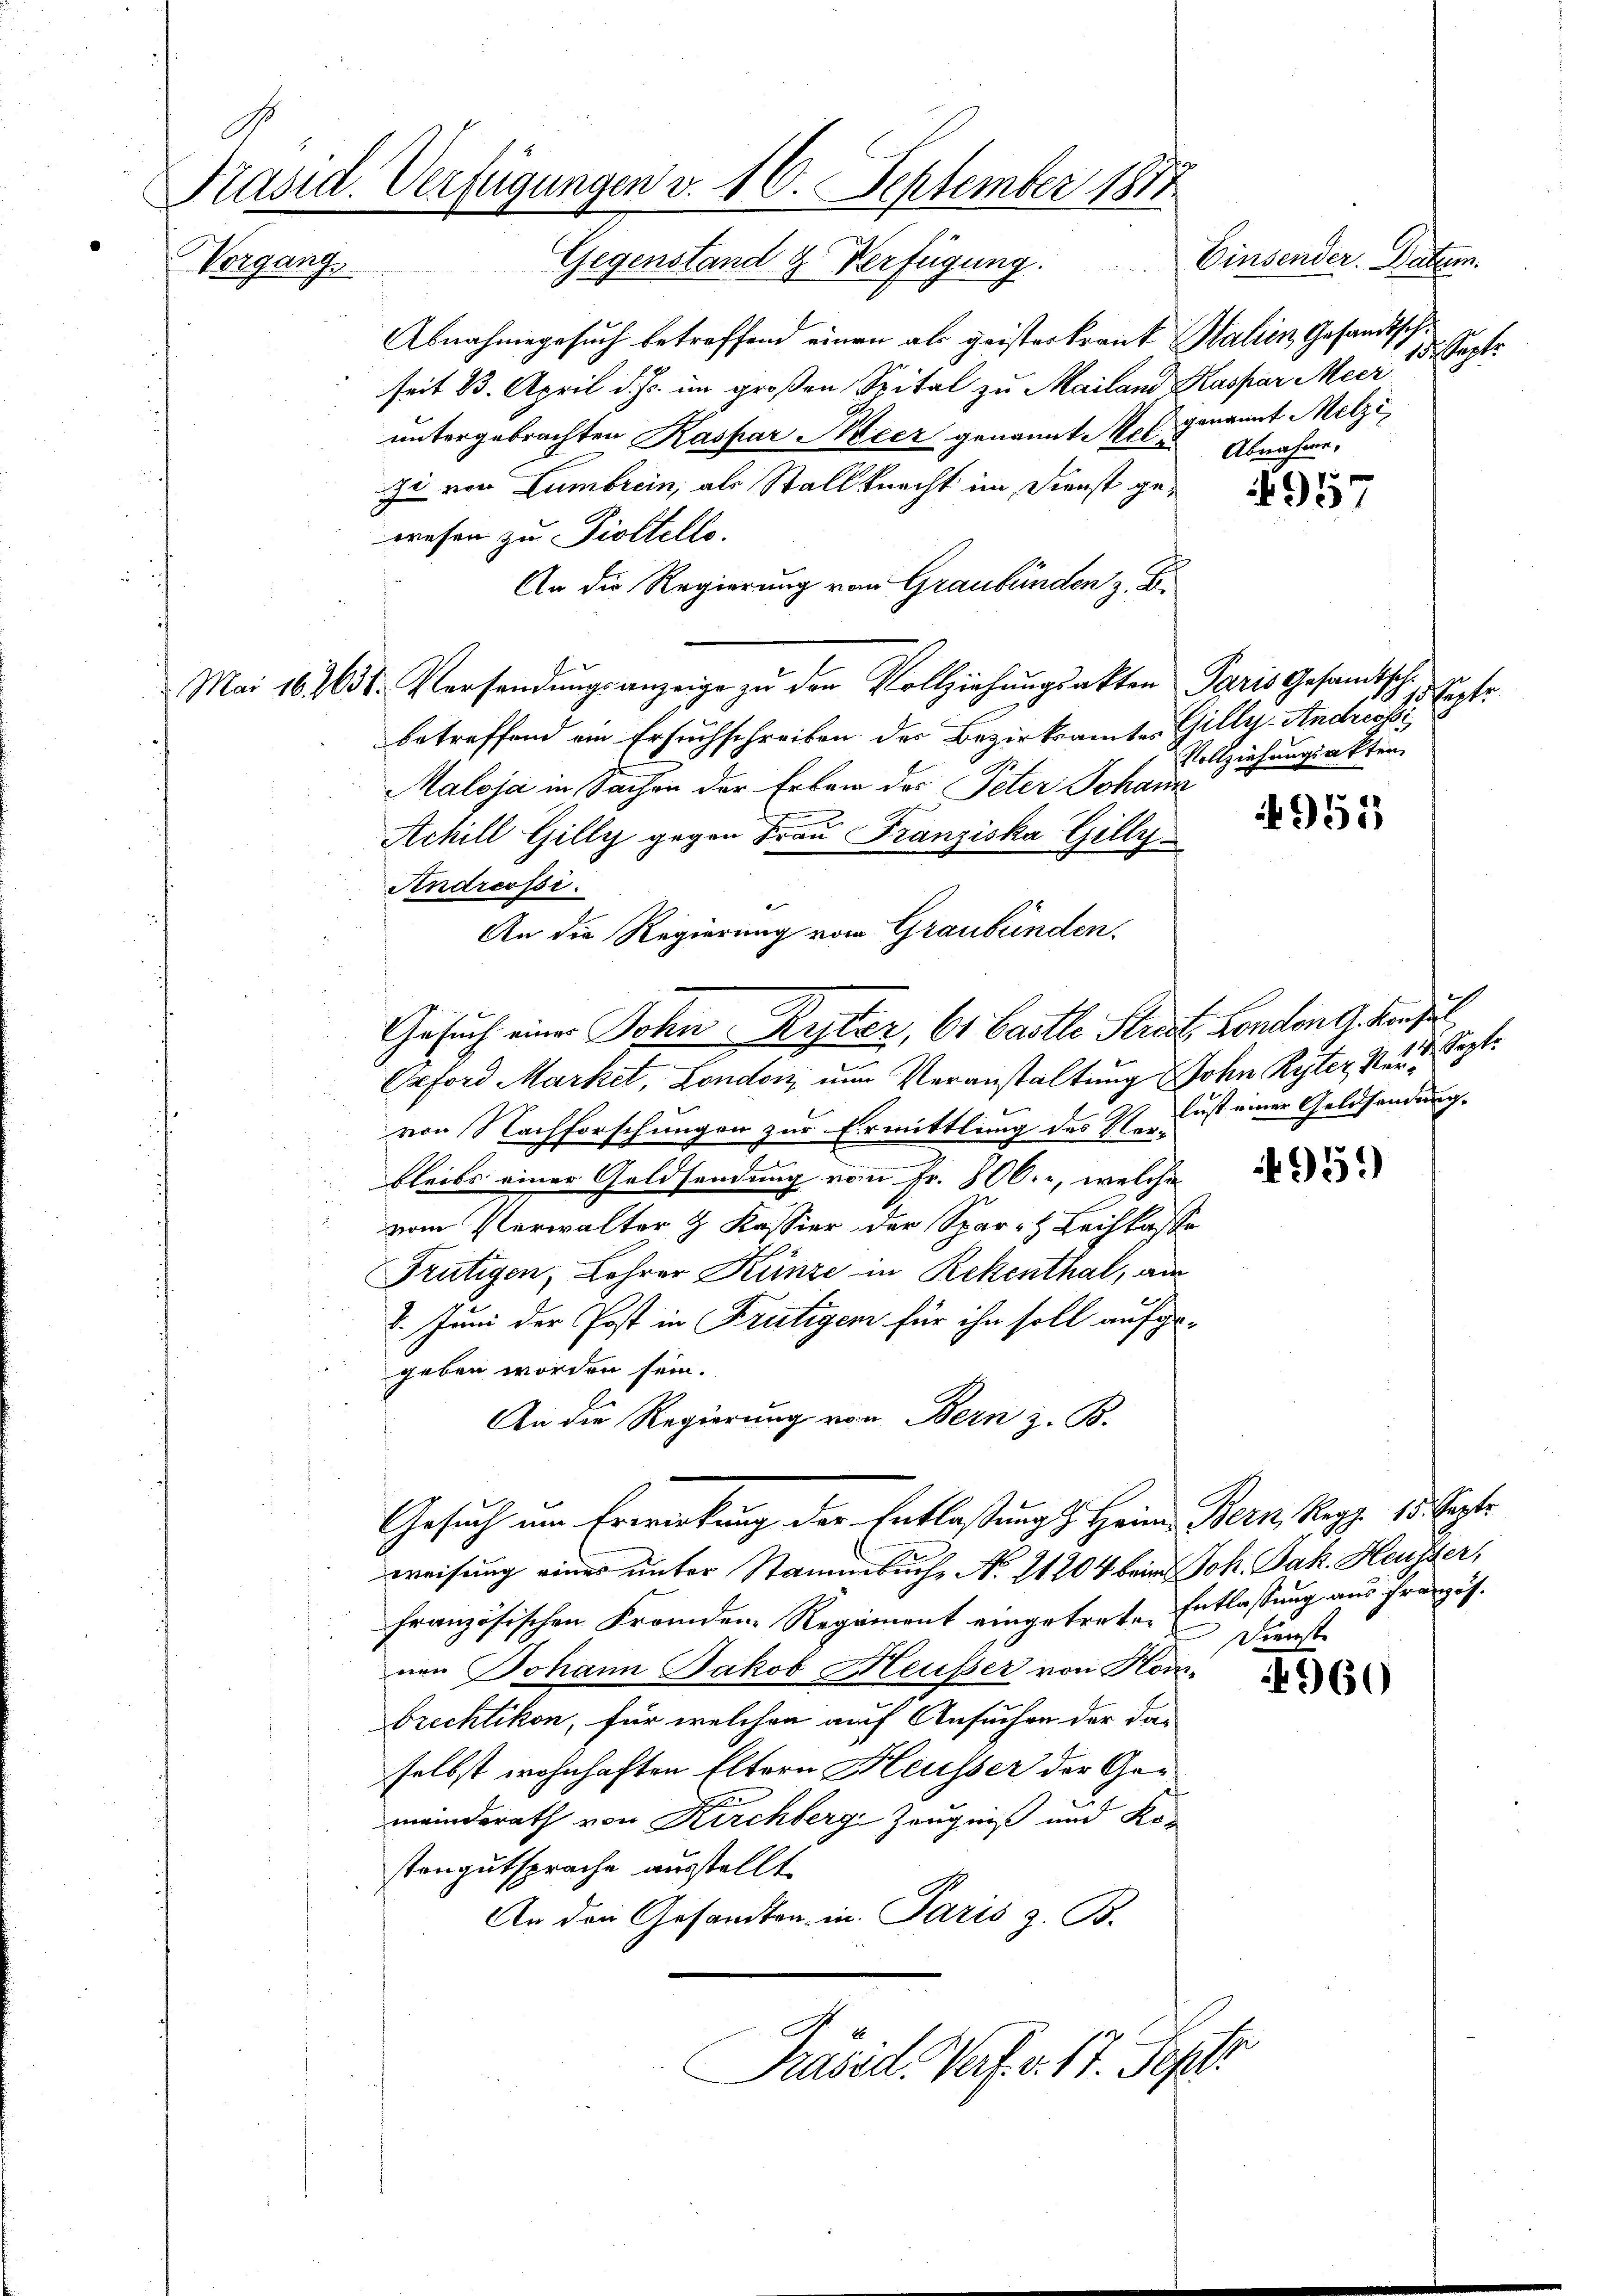
Präsid. Verfügungen v. 16. September 1877
Gegenstand & Verfügung. Einsender. Datum.
Vergang,

Abnahmegesuch betreffend einen als geisterkraut Stalien Gesandtschseit 13. April d. Js. im großen Spital zu Mailand Kaspar Meer
untergebrachten Kaspar Meer genannt es genannt Melzize von Lumbrein, als Stallknecht im Dienst gewesen zu Piottello.
An die Regierung von Graubünden z. B.
Mai 162638. Versendŭngsanzeige zŭ den Vollziehŭngsakten Paris Gesamtsche
betreffend ein Ersuchschreiben des Bezirksamtes Gilly-Andressi
Maloja in Sachen der Erben des Peter Johann
Achill Gilly gegen Frau Franziska Gilly
Andressi.
An die Regierung vom Graubünden.
Erford Market, London nur Veranstaltung John Ryter Kurvon Nachforschungen zur Ermittlung des Verbleibs einer Goldsendung vom Fr. 800. r, welche
vom Verwalter & Kassier der Spar- Leihkasse
Frutigen, Lehrer Künze in Rekenthal, am
1. Juni der Post in Frutigen für ihn soll aufgegeben worden sein.
l.
An die Regierung von Bern z. B.
Gesuch um Erwirkung der Entlaßung s. Heim Bern Mag. 15. Septe
weisung eines unter Stammbuche N. 21204 beim Joh. Jak. Heusser,
Französischen Fremden Regiment eingetrete Entlassung aus Französ.
nen Johann Jakob Heußer von Honbrechtikon, für welchen auf Ansuchen der daselbst wohnhaften Eltern Heusser der Ger-
meinderath von Kirchberg, Zeugniß und Kor
stengutsprache ausstellt
An den Gesandten in Paris z. B.

Gesuch einer Sohn Rester, 61 Castle Strast. London G. Konsul

Präsid. Verf. v. 17. Sept.

15. Sept.
Abnahme,

957

Pete
Vollziehungsakten.

4953

4959

960

Dienst

ch. Sept.
lust einer Geldsendung.

u